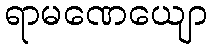
ရာမဏေယျော